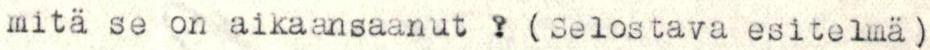
mitä se on aikaansaanut ? (Selostava esitelmä)